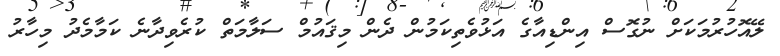
ލޭއޮހުރުމަކަށް ނުގޮސް އިންޑިއާގެ އަޅުވެތިކަމުން ދެން މިޤައުމް ސަލާމަތް ކުރެވިދާނެ ކަމާމެދު މިހާރު